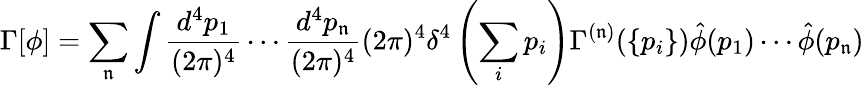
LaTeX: \Gamma[\phi]=\sum_{\mathfrak{n}}\int\frac{{d^{4}p_{1}}}{{(2\pi)^{4}}}\cdots\frac{{d^{4}p_{\mathfrak{n}}}}{{(2\pi)^{4}}}(2\pi)^{4}\delta^{4}\left(\sum_{i}p_{i}\right)\Gamma^{(\mathfrak{n})}(\{ p_{i}\} )\hat{{\phi}}(p_{1})\cdots\hat{{\phi}}(p_{\mathfrak{n}})